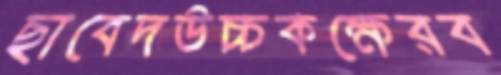
ছাবেদউচ্চকক্ষেরব